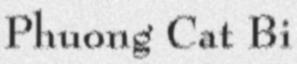
Phuong Cat Bi